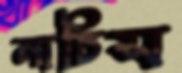
নাচিস